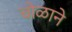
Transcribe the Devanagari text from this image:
चोळाने